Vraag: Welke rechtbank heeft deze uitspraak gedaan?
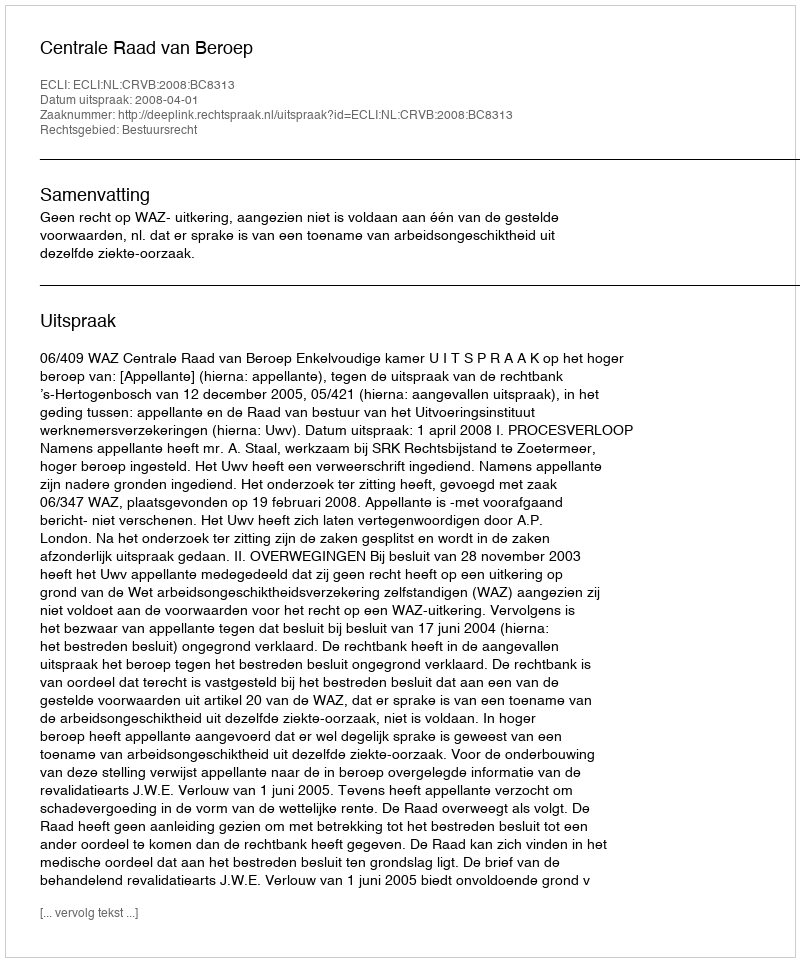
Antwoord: Centrale Raad van Beroep